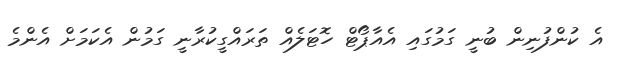
އެ ކުންފުނިން ބުނީ ގަމުގައި އެއާޕޯޓް ހޮޓަލެއް ތަރައްގީކުރާނީ ގަމުން އެކަމަށް އެންމެ